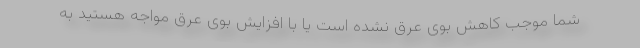
شما موجب کاهش بوی عرق نشده است یا با افزایش بوی عرق مواجه هستید به